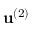
\mathbf { u } ^ { ( 2 ) }